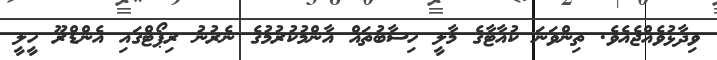
ވިދާޅުވެއްޖެއެވެ. ތިންވަނަ ކުއާޓާގެ މާލީ ހިސާބުތައް އާންމުކުރުމުގެ ނެރުނު ރިޕޯޓްގައި އެންޑްރޫ ހީލީ